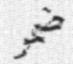
ضمر